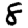
Digit: 8